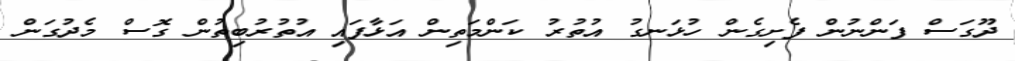
ދޫގަސް ފަންނުން ފެށިގެން ހުޅަނގު އުތުރު ކަންމަތިން އަޅާފައި އުތުރުބިތުން ގޮސް މެދުގަން